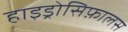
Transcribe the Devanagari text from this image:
हाइड्रोसिफ़ालस